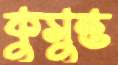
কুসুম্ভ